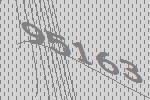
95163